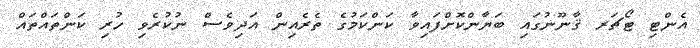
އެންޓި ޓޯޗަރ ޤާނޫނުގައި ބަޔާންކޮށްފައިވާ ކަންކަމުގެ ތެރެއިން އަދިވެސް ނުކުރެވި ހުރި ކަންތައްތައް